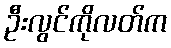
ဦးလွင်ကိုလတ်က